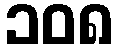
၁၀၈